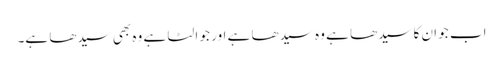
اب جو ان کا سیدھا ہے وہ سیدھا ہے اور جو الٹا ہے وہ بھی سیدھا ہے۔